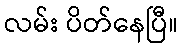
လမ်း ပိတ်နေပြီ။